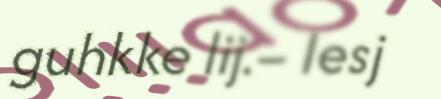
guhkke lij.– Iesj